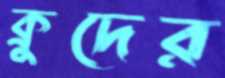
ক্রুদের